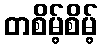
တစိမ့်စိမ့်